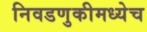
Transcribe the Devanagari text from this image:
निवडणुकीमध्येच